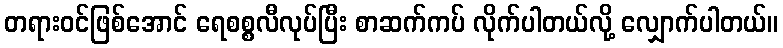
တရားဝင်ဖြစ်အောင် ရေစစ္စလီလုပ်ပြီး စာဆက်ကပ် လိုက်ပါတယ်လို့ လျှောက်ပါတယ်။